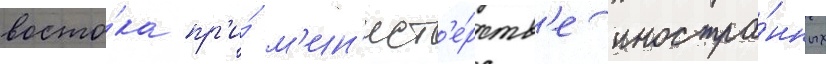
восто́ка пр'и́ м'ин'ист'е́рств'е иностра́нных